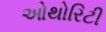
ઓથોરિટી